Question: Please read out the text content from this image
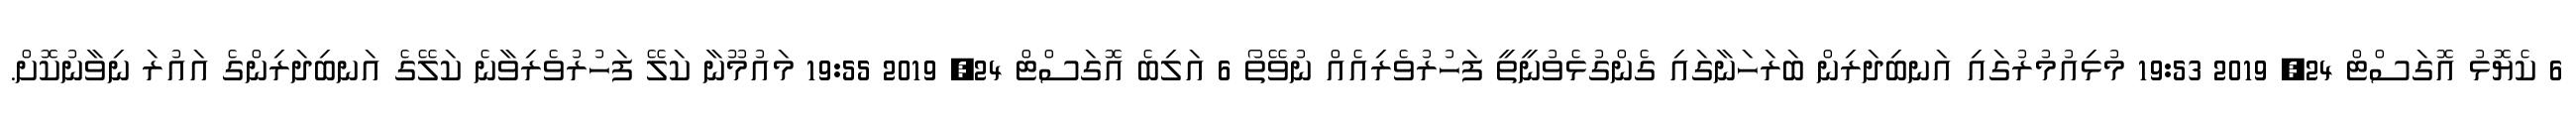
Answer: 6 ކެޔޮޅު އޮގަސްޓް 24, 2019 19:53 މުޅިއުމުރުގައި އަނބިދަރިން ބަރަހަނާގައި ގެންގުޅެވުނީތީ ފަހުރުވެރިއެއް ނުވޭތޯ 6 އަލިބެ އޮގަސްޓް 24, 2019 19:55 މައުމޫނާ ކަލޭ ފަހުރުވެރިވާނެ ކަލޭގެ އަނބިދަރިންގެ އައުރަ ނިވާނުކޮށް.